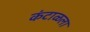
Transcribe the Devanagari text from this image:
कंटाळला